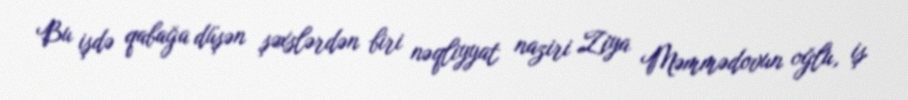
Bu işdə qabağa düşən şəxslərdən biri nəqliyyat naziri Ziya Məmmədovun oğlu, iş